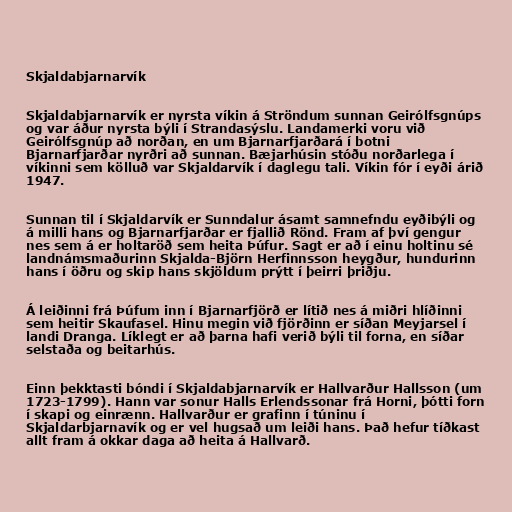
Skjaldabjarnarvík

Skjaldabjarnarvík er nyrsta víkin á Ströndum sunnan Geirólfsgnúps
og var áður nyrsta býli í Strandasýslu. Landamerki voru við
Geirólfsgnúp að norðan, en um Bjarnarfjarðará í botni
Bjarnarfjarðar nyrðri að sunnan. Bæjarhúsin stóðu norðarlega í
víkinni sem kölluð var Skjaldarvík í daglegu tali. Víkin fór í eyði árið
1947.

Sunnan til í Skjaldarvík er Sunndalur ásamt samnefndu eyðibýli og
á milli hans og Bjarnarfjarðar er fjallið Rönd. Fram af því gengur
nes sem á er holtaröð sem heita Þúfur. Sagt er að í einu holtinu sé
landnámsmaðurinn Skjalda-Björn Herfinnsson heygður, hundurinn
hans í öðru og skip hans skjöldum prýtt í þeirri þriðju.

Á leiðinni frá Þúfum inn í Bjarnarfjörð er lítið nes á miðri hlíðinni
sem heitir Skaufasel. Hinu megin við fjörðinn er síðan Meyjarsel í
landi Dranga. Líklegt er að þarna hafi verið býli til forna, en síðar
selstaða og beitarhús.

Einn þekktasti bóndi í Skjaldabjarnarvík er Hallvarður Hallsson (um
1723-1799). Hann var sonur Halls Erlendssonar frá Horni, þótti forn
í skapi og einrænn. Hallvarður er grafinn í túninu í
Skjaldarbjarnavík og er vel hugsað um leiði hans. Það hefur tíðkast
allt fram á okkar daga að heita á Hallvarð.